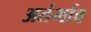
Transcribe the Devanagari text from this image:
अतंर्भाव